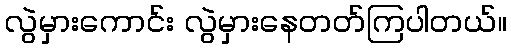
လွဲမှားကောင်း လွဲမှားနေတတ်ကြပါတယ်။